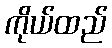
ကိုယ်ထည်